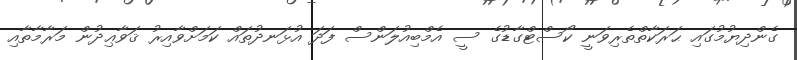
ގެންދިޔުމުގައި ޙަރަކާތްތެރިވަނީ ކޯސްޓްގާޑުގެ ސީ އެމްބިއުލަންސް ފަދަ އުޅަނދުތައް ކަމަށްވާއިރު ޤަވާޢިދުން މަރާމާތާއި